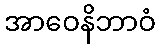
အာဝေနိဘာဝံ